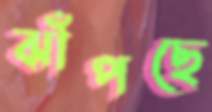
ঝাঁপছে